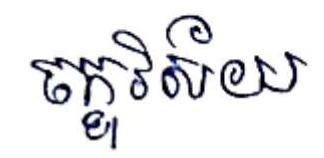
ចក្ខុវិស័យ